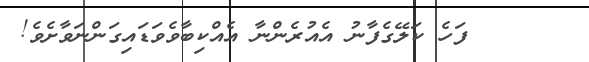
٥٤      ފަހެ ކަލޭގެފާނު އެއުރެންނާ އެއްކިބާވެވަޑައިގަންނަވާށެވެ!